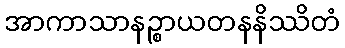
အာကာသာနဉ္စာယတနနိဿိတံ